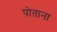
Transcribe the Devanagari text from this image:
पोताना